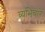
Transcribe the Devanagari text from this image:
व्यभिचारें